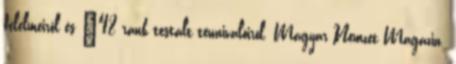
félelmeiről és ’48 ránk testált tennivalóiról. Magyar Nemzet Magazin.